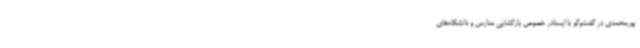
پورمحمدی در گفت‌وگو با ایسنادر خصوص بازگشایی مدارس و دانشگاه‌های